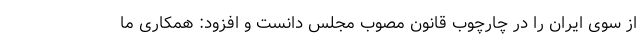
از سوی ایران را در چارچوب قانون مصوب مجلس دانست و افزود: همکاری ما